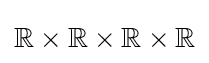
\mathbb {R} \times \mathbb {R} \times \mathbb {R} \times \mathbb {R}